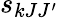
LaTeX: s_{kJJ^{\prime}}